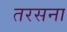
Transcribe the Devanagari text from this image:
तरसना